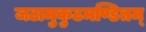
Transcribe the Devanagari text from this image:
जटामुकुटमण्डितम्‌